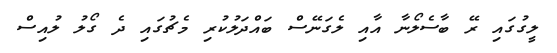
ލީގުގައި ރޭ ބާސެލޯނާ އާއި ލެގަނޭސް ބައްދަލުކުރި މެޗުގައި ދެ ގޯލު ލުއިސް